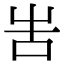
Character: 𠰛